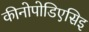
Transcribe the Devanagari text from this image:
कीनोपोडिएसिइ